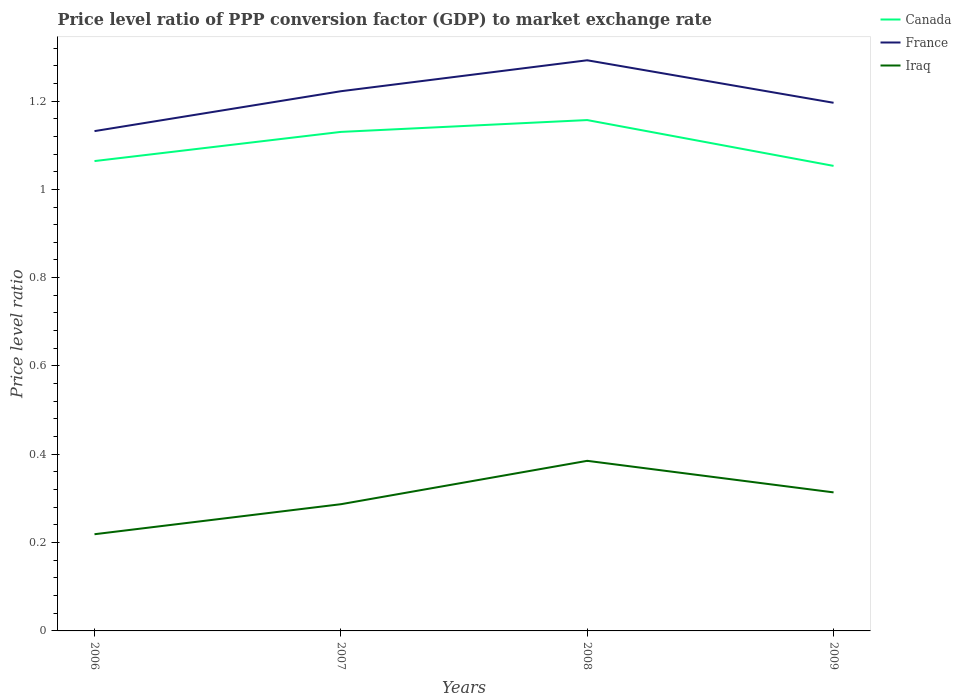
| Years | Canada | France | Iraq |
 | --- | --- | --- | --- |
 | 2006 | 1.06 | 1.13 | 0.219 |
 | 2007 | 1.13 | 1.22 | 0.287 |
 | 2008 | 1.16 | 1.29 | 0.385 |
 | 2009 | 1.05 | 1.2 | 0.314 |